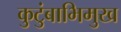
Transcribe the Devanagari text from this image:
कुटुंबाभिमुख